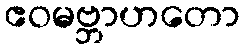
ဧဝမဗ္ဘာဟတော